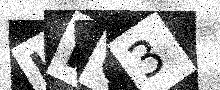
Text: LNQ3